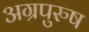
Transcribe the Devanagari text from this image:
अग्रपुरुष